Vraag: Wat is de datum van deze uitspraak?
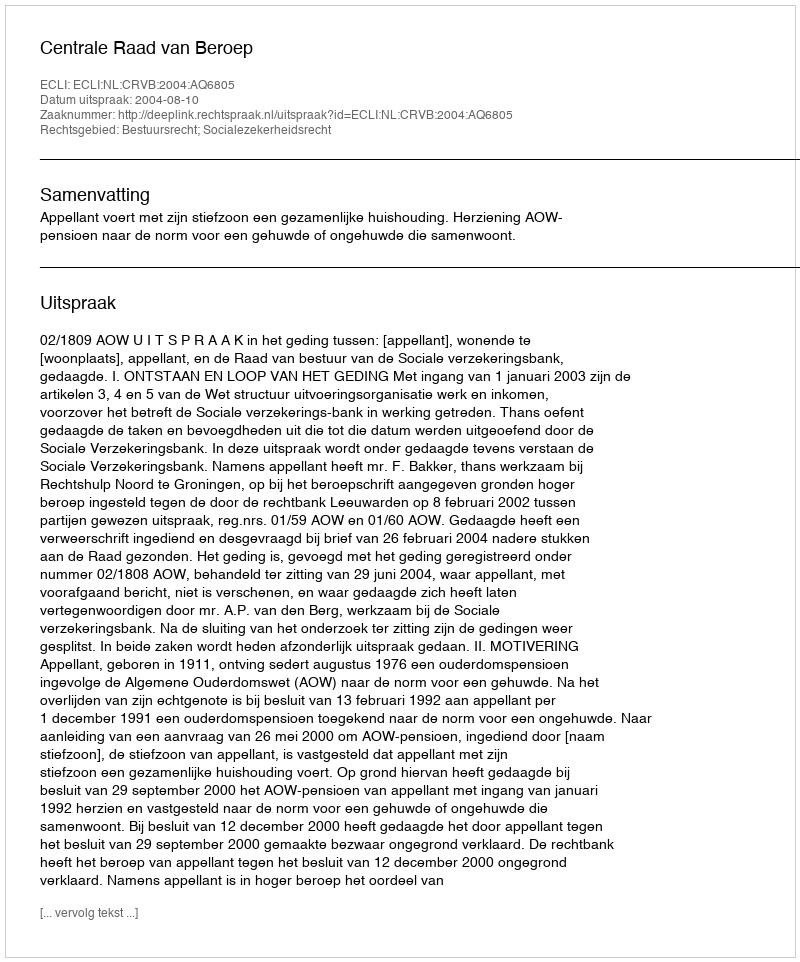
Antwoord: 2004-08-10